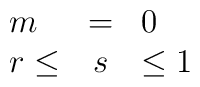
\begin{array}{lcl}m&=&0\\  r \leq& s& \leq 1\end{array}